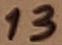
Text: 13